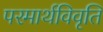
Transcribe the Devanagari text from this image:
परमार्थविवृति